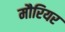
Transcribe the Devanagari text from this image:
मौरियर